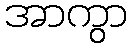
အာကွာ